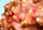
أنت